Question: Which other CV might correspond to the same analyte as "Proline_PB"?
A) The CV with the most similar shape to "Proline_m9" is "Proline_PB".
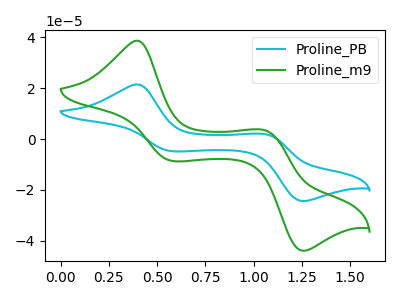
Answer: <think>The cyan curve "Proline_PB" has anodic peaks at (0.40V, 21.50uA) (1.05V, 1.90uA) and cathodic peaks at (0.60V, -4.80uA) (1.25V, -24.40uA). The green curve "Proline_m9" has anodic peaks at (0.40V, 38.70uA) (1.05V, 3.45uA) and cathodic peaks at (0.60V, -8.60uA) (1.25V, -43.95uA).
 All the peaks in "Proline_PB" have a peak in "Proline_m9" at the same potential. Every peak in "Proline_PB" is lower than every peak in "Proline_m9".</think>
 <answer>A) The CV with the most similar shape to "Proline_m9" is "Proline_PB".</answer>
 <eval>A</eval>